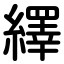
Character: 繹